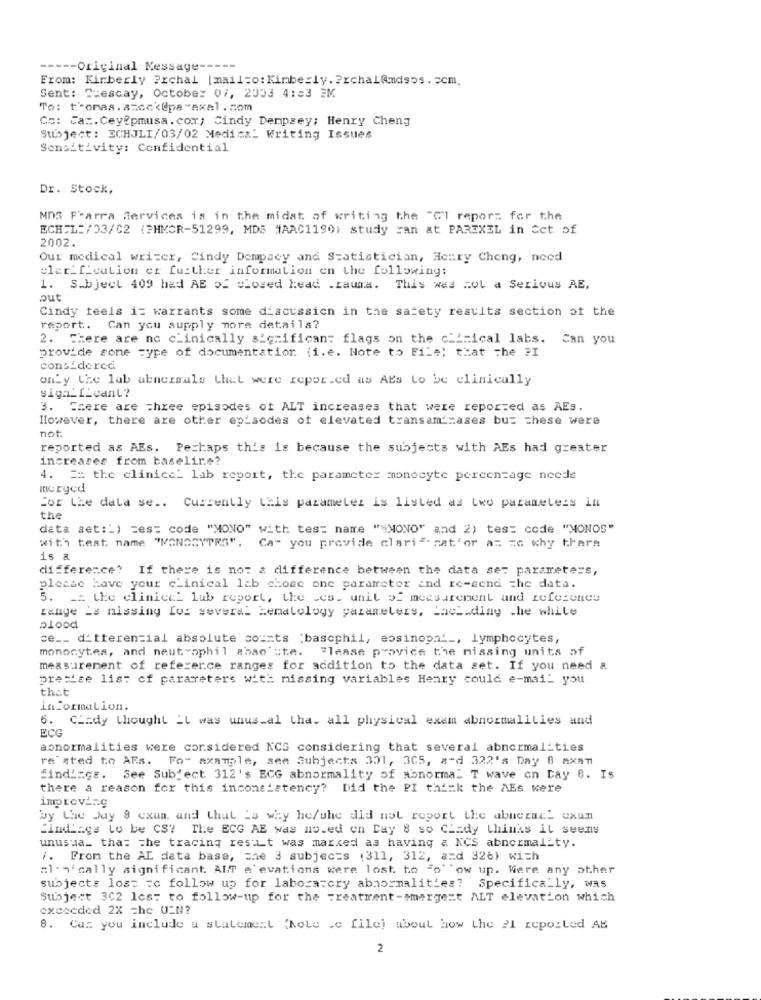
----- Original Message --
From: Kimberly Prchal [mailto: Kimberly. ? rchalAndsos. 5cm.
Sent: Crescay, October 07, 2003 4:33 3M
To: thomas. azcck@pa-axel.com
Co: Ca :. Ceyepmusa.com; Cindy Dempsey; Henry Cheng
Subject: ECHJLI/03/02 Medical Writing Issues
Sensitivity: Confidential
Dr. Stock,
MDS F'arra Services is in the midst of writing the "Gl report for the
ECH L=/03/C2 (?HMCR-51299, MDS #AAC1190) study can at PAREXEL in Cet of
2002.
Our medical writer, Cindy Dempacy and Statistician, Henry Cheng, need
cler_f_cution er further information en the following:
1. S.bject 409 had AB of closed head .rauma. This was col a Serious AE,
out
Cindy feels i= warrants some discussion in the safety results section of the
report. Can you supply more details?
2. There are no c'inically significan: flags on the clinical labs. Can you
provide some type of documentation (i.e. Note to File) that the PI
considerca
only the lab abnormale Chet were repor.cd as AEs Lo be clinically
siga_I_cant?
3. Szere are Three episodes of ALT increases that were reported as AEs.
However, there are other episodes of elevated transaminases bu= = hese were
not.
reported as AEs. Perhaps this is because the subjects with AEs had greater
increases from baselire?
4. == the clinice_ lab report, the parameter monocyte percentage neede
merged
For the dala se .. Currently this parameter is listed as two parameters in
the
data set: ') =es: code "MONO" with tes: name "=MONO" and 2) tes: code "MONOS"
with teat name "MONOSYTRS".
Ca" you provide clariª- nat'or a= = c why there
is a
difference? If there is no: a difference between the data se: parameters,
please have your c'inical lab chose one parameter and re-send the data.
5. _. the clinice' lub report, the Les. unit of measurement and reference
range is missing for several Hematology parameters, Lack.ding .he while
plood
ce __ d'tterential absolute counts :bascphil, eosinopat _, lymphocytes,
monocytes, and neut ophil absolute. "lease pravice the missing units of
measurement of reference ranges for addition to the data set. If you need a
precise list of parameters with missing variables Henry could e-mail you
that
information.
6. Cindy thought it was unusual tha. all physical exam abnormalities and
ECG
abnormalities were considered NCS considering that several abnormalities
re sted to ARs.
Fo- axample, see Subjects 301, 305, a-d 322's Day 0 Axam
find'=gs. See Subject 312's ECG abnormality of abnormal T wave on Day 8. Is
there a reason for this inconsistency? Did the PI think the AEs Kere
improving
by the Juy 8 exam. and that is why he/she did not report Lhe abnerac- exun
Findings to be CS? The ECG AE was no.ed on Day 8 so CLady thinks it seems
unusua_ thas the tracing res_t was marked as having a NCS abnormality.
i. From the AL data base, mhe 3 subjec=s (311, 312, and 326) with
alen'cally significant. AllT e evations were lost. to "o" "ow up. Were any other
subjects los= = c follow up for laboratory abnormalities? Specifically, was
Subject 302 les: to follow-up for the Treatment-smergest ALT elevation which
exceeded 2X =he U_N?
8. Car you include a statement "hole .e file) about how the 21 reported AB
2